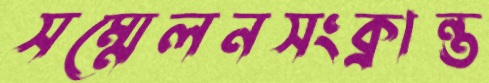
সম্মেলনসংক্রান্ত